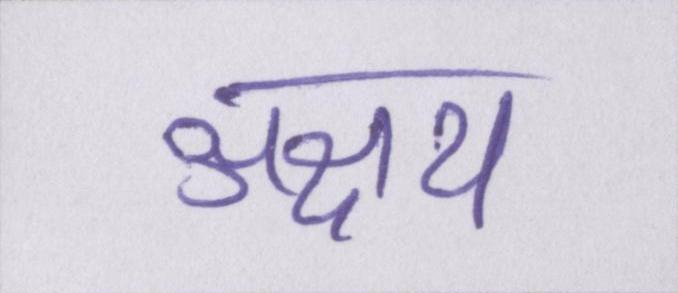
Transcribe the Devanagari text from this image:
अक्षय